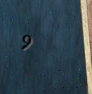
9